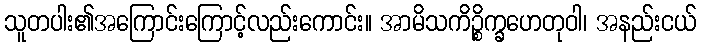
သူတပါး၏အကြောင်းကြောင့်လည်းကောင်း။ အာမိသကိဉ္စိက္ခဟေတုဝါ၊ အနည်းငယ်